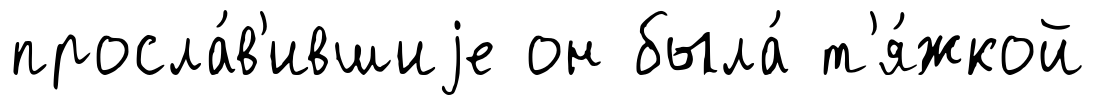
просла́в'ившиjе он была́ т'я́жкой